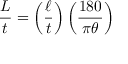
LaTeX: { \frac { L } { t } } = \left( { \frac { \ell } { t } } \right) \left( { \frac { 1 8 0 } { \pi \theta } } \right)